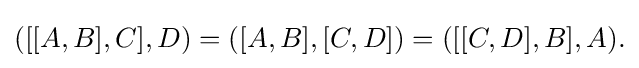
\displaystyle {([[A,B],C],D)=([A,B],[C,D])=([[C,D],B],A).}